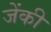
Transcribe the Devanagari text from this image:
जेंकी